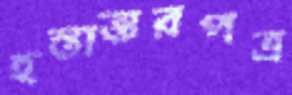
হস্তান্তরপত্র